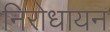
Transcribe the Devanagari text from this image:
निरोधायन